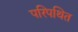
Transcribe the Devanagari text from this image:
परिपथित